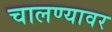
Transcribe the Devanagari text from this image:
चालण्यावर